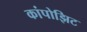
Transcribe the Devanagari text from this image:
कांपोझिट